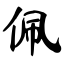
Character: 佩